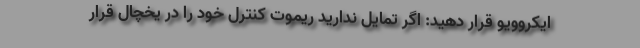
ایکروویو قرار دهید: اگر تمایل ندارید ریموت کنترل خود را در یخچال قرار